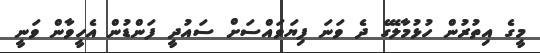
މީގެ އިތުރުން ހުޅުމާލޭގެ ދެ ވަނަ ފިޔަވައްސަށް ސައުދީ ފަންޑުން އެހީވާން ވަނީ